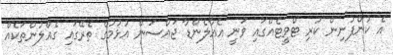
އެ ކުންފުނިން ކުރި ޓްވީޓެއްގައި ވަނީ އެއާލެންޑާ ޖައްސަން އުޅުމުގެ ތެރޭގައި ގެއްލުންތަކެއް